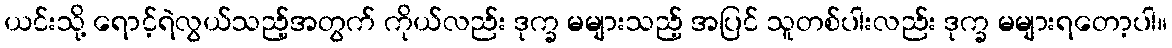
ယင်းသို့ ရောင့်ရဲလွယ်သည့်အတွက် ကိုယ်လည်း ဒုက္ခ မများသည့် အပြင် သူတစ်ပါးလည်း ဒုက္ခ မများရတော့ပါ။